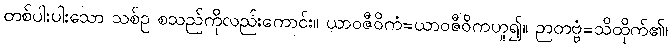
တစ်ပါးပါးသော သစ်ဥ စသည်ကိုလည်းကောင်း။ ယာဝဇီဝိကံ=ယာဝဇီဝိကဟူ၍။ ဉာတဗ္ဗံ=သိထိုက်၏၊